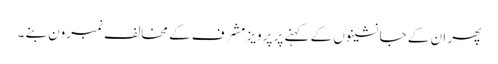
پھر ان کے جانشینوں کے کہنے پر پرویز مشرف کے مخالف نمبرون بنے ۔